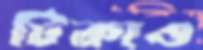
টিকাও